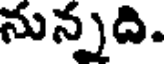
నున్నది.